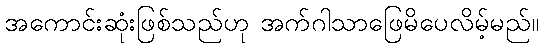
အကောင်းဆုံးဖြစ်သည်ဟု အက်ဂါသာဖြေမိပေလိမ့်မည်။